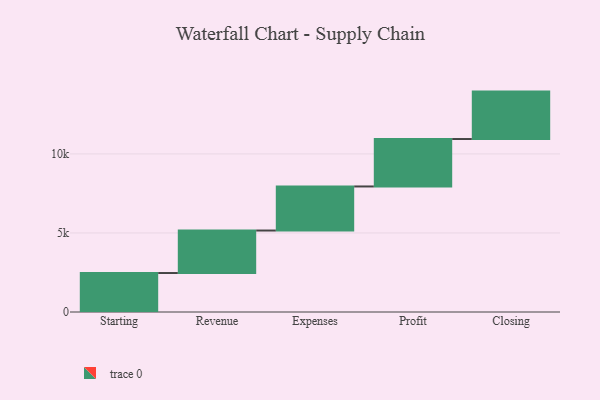
{"axis": {"x": "Step", "y": "Value"}, "legend": [""], "data": [{"x": "Starting", "y": 2465.0, "type": ""}, {"x": "Revenue", "y": 2688.0, "type": ""}, {"x": "Expenses", "y": 2788.0, "type": ""}, {"x": "Profit", "y": 3000, "type": ""}, {"x": "Closing", "y": 3000, "type": ""}]}